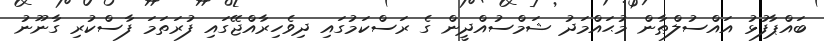
ބައްޕާފުޅު އައްސުލްޠާން މުޙައްމަދު ޝަމްސުއްދީން ގެ ރަސްކަމުގައި ދިވެހިރާއްޖޭގައި ފުރަތަމަ ފާސްކުރި ގާނޫނު